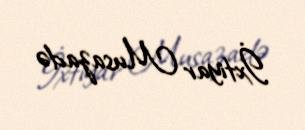
İxtiyar Musazadə